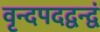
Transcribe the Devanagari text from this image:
वृन्दपदद्वन्द्वं